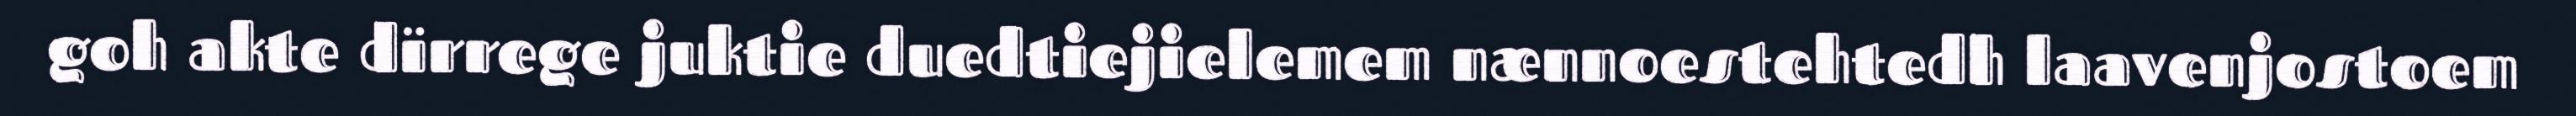
goh akte dïrrege juktie duedtiejielemem nænnoestehtedh laavenjostoem